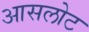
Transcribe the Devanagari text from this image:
आसलोट